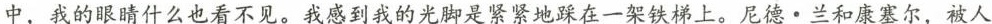
中，我的眼睛什么也看不见，我感到我的光脚是紧紧地踩在一架铁梯上。尼德。兰和康塞尔，被人